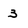
Character: 3